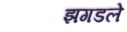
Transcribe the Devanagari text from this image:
झगडले